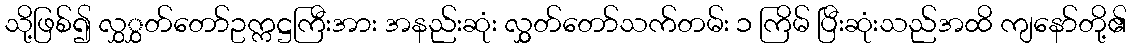
သို့ဖြစ်၍ လွှွှတ်တော်ဥက္ကဋ္ဌကြီးအား အနည်းဆုံး လွှွှတ်တော်သက်တမ်း ၁ ကြိမ် ပြီးဆုံးသည်အထိ ကျနော်တို့၏